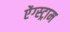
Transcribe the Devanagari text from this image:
ऐंग्स्ट्राम